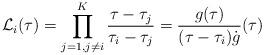
LaTeX: \begin{align*}\mathcal{L}_i(\tau) = \prod_{j=1,j\neq i}^{K} \frac{\tau-\tau_j}{\tau_i-\tau_j} = \frac{g(\tau)}{(\tau-\tau_i) \dot{g}}(\tau) \end{align*}